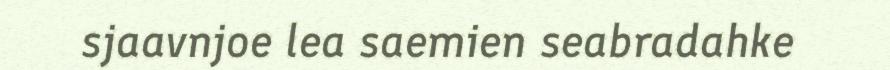
sjaavnjoe lea saemien seabradahke